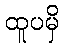
ထူပမှိ